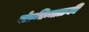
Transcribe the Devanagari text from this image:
गोडचिन्माळकी